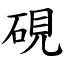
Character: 硯